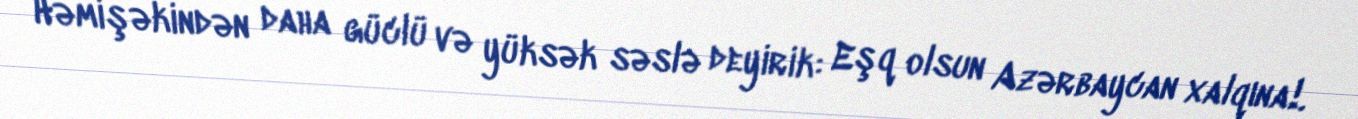
Həmişəkindən daha güclü və yüksək səslə deyirik: Eşq olsun Azərbaycan xalqına!.